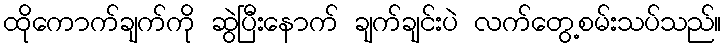
ထိုကောက်ချက်ကို ဆွဲပြီးနောက် ချက်ချင်းပဲ လက်တွေ့စမ်းသပ်သည်။